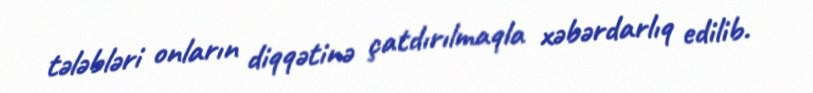
tələbləri onların diqqətinə çatdırılmaqla xəbərdarlıq edilib.